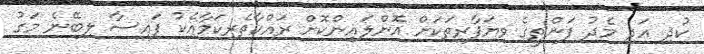
ކުދި އަދި މެދު ފަންތީގެ ވިޔަފާރިތަކަށް އޮންލައިންކޮށް ރައްކާތެރިކަމާއެކު ފައިސާ ލިބޭނެ މަގު